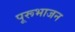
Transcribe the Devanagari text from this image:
पूरूभाजन